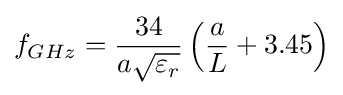
f_{GHz}={\frac {34}{a{\sqrt {\varepsilon _{r}}}}}\left({\frac {a}{L}}+3.45\right)